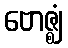
ဗောဇ္ဈံ